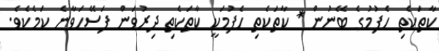
ކާތަކެތި ހެފުމުގެ ބޭނުން * ކާތަކެތި ހެފުމަކީ ކާތަކެތި ދިރުވަން ފަސޭހަވާނެ ކަމެކެވެ.